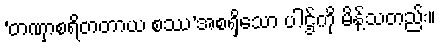
‘တဏှာစရိတတာယ စဿ’အစရှိသော ပါဌ်ကို မိန့်သတည်း။